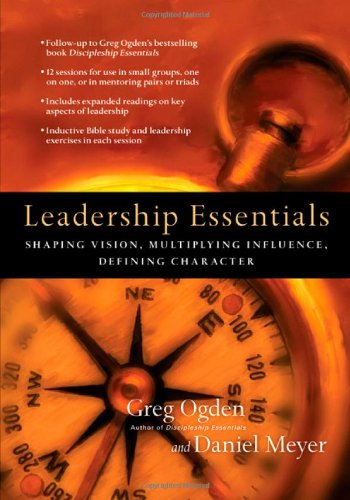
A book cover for Leadership Essentials: Shaping Vision, Multiplying Influence, Defining Character; Greg Ogden; Christian Books & Bibles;